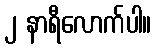
၂ နာရီလောက်ပါ။